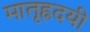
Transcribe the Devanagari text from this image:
मातृह्रदयी